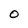
Character: O